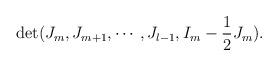
LaTeX: \begin{align*}\det(J_m,J_{m+1},\cdots,J_{l-1},I_m-\frac{1}{2}J_m).\end{align*}